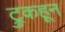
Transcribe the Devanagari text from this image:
ट्रुकहून